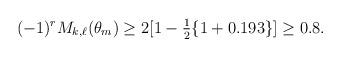
LaTeX: \begin{align*} (-1)^r M_{k,\ell}(\theta_m) \geq 2[1- \tfrac12 \{1 + 0.193 \}] \geq 0.8.\end{align*}